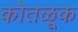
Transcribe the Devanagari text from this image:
कोतळूक